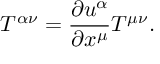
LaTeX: T ^ { \alpha \nu } = \frac { \partial u ^ { \alpha } } { \partial x ^ { \mu } } T ^ { \mu \nu } .